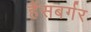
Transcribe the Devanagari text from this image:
हैंसबर्गर